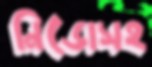
নিডোসহ